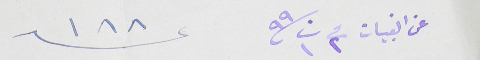
عن القبيات فى ٢ ت١ ٩٩                                             عد ١٨٨